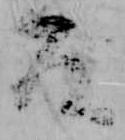
座